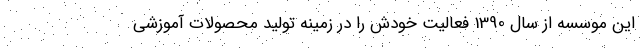
این موسسه از سال 1390 فعالیت خودش را در زمینه تولید محصولات آموزشی